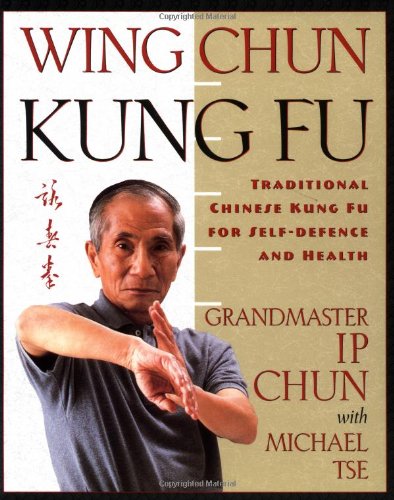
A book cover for Wing Chun Kung Fu: Traditional Chinese Kung Fu for Self-Defense and Health; Ip Chun; Sports & Outdoors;